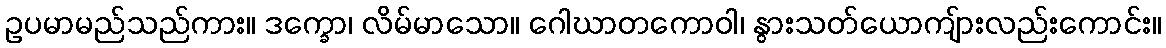
ဥပမာမည်သည်ကား။ ဒက္ခော၊ လိမ်မာသော။ ဂေါဃာတကောဝါ၊ နွားသတ်ယောကျ်ားလည်းကောင်း။